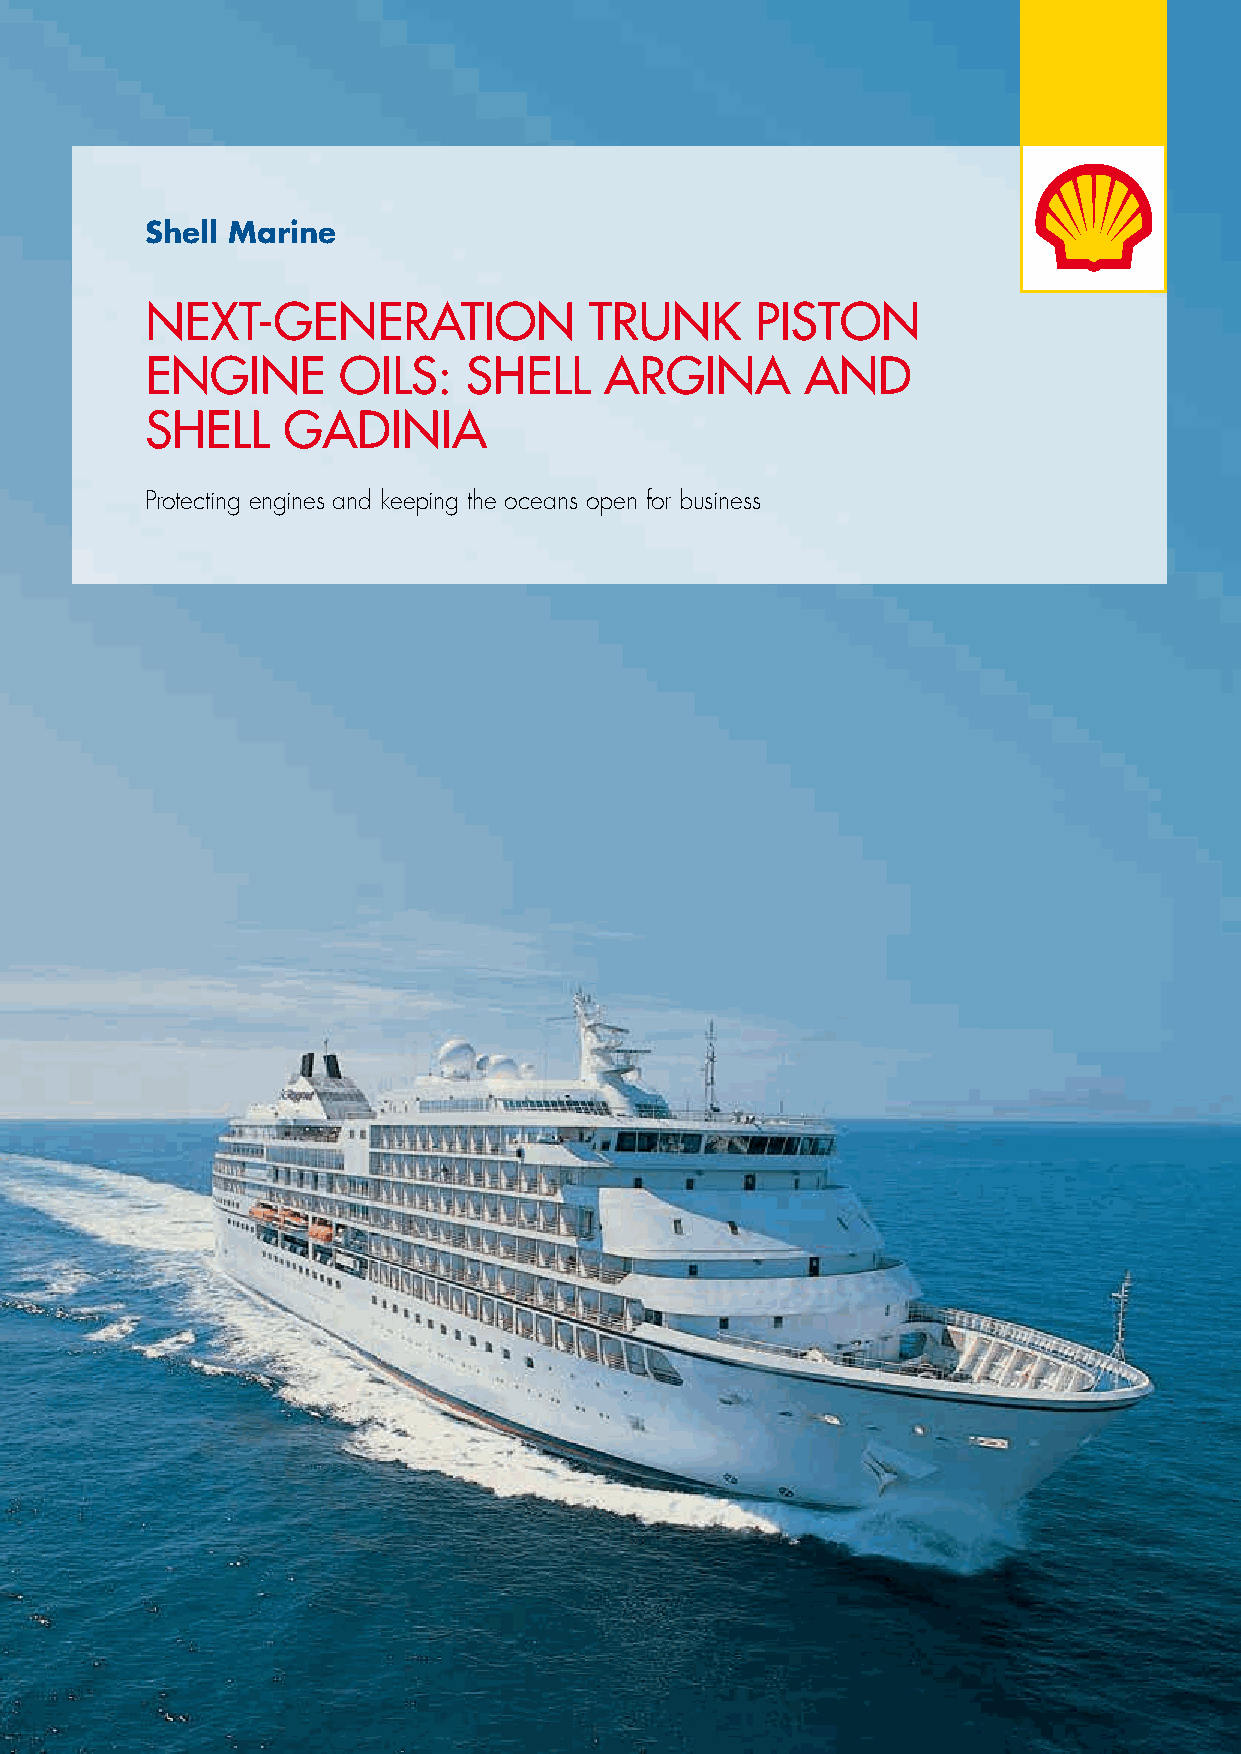
Shell Marine
 NEXT-GENERATION              TRUNK      PISTON
 ENGINE      OILS:    SHELL    ARGINA       AND
 SHELL    GADINIA
 Protecting engines and keeping the oceans open for business